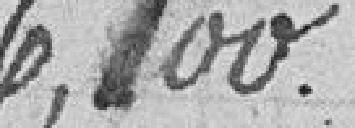
6,100.